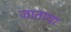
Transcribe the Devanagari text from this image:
जाताया